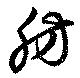
肪